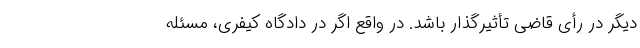
دیگر در رأی قاضی تأثیرگذار باشد. در واقع اگر در دادگاه کیفری، مسئله